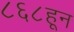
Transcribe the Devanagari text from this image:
८६८हून